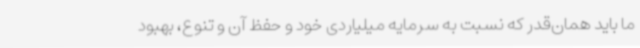
ما باید همان‌قدر که نسبت به سرمایه میلیاردی خود و حفظ آن و تنوع، بهبود